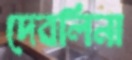
দেবলিনা